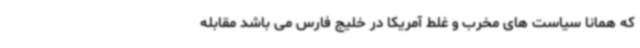
که همانا سیاست های مخرب و غلط آمریکا در خلیج فارس می باشد مقابله